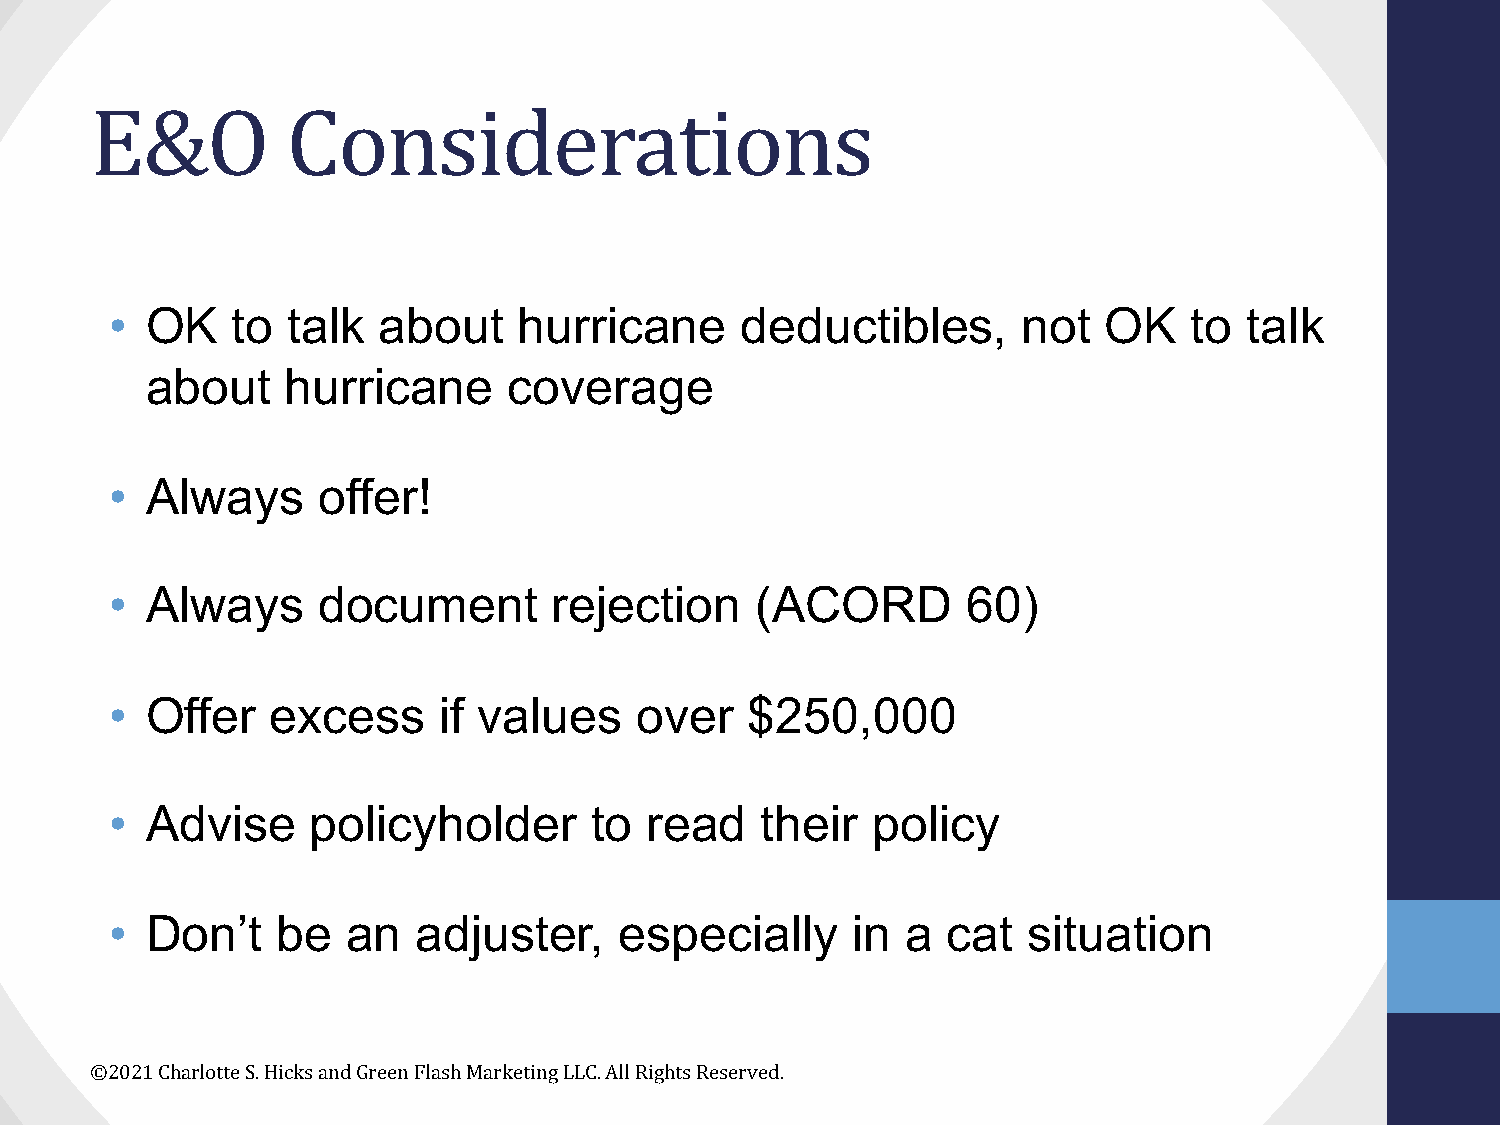
E&O          Considerations
 •  OK   to  talk  about    hurricane      deductibles,       not  OK    to  talk
 about    hurricane      coverage
 •  Always     offer!
 •  Always     document        rejection    (ACORD        60)
 •  Offer   excess     if values    over    $250,000
 •  Advise     policyholder      to  read   their   policy
 •  Don’t   be   an   adjuster,    especially     in  a  cat  situation
 ©2021 Charlotte S. Hicks and Green Flash Marketing LLC. All Rights Reserved.